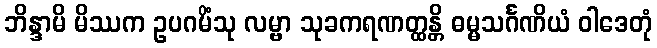
ဘိန္ဒာမိ မိဿက ဥပဂမိံသု လမ္ဗာ သုခကရဏတ္ထန္တိ ဓမ္မသင်္ဂဏိယံ ဝါဒေတုံ